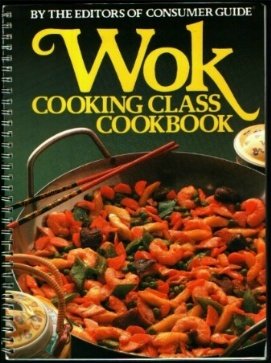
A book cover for Wok Cooking Class Cookbook; Consumer Guide; Cookbooks, Food & Wine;